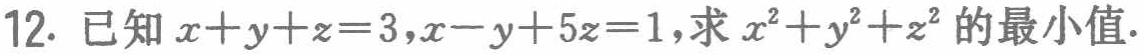
12. 已知 \(x + y + z = 3,x - y + 5z = 1\)，求 \(x^{2}+y^{2}+z^{2}\) 的最小值.